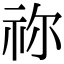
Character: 祢